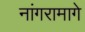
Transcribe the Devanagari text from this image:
नांगरामागे